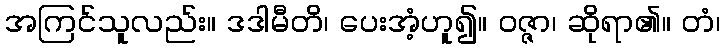
အကြင်သူလည်း။ ဒဒါမီတိ၊ ပေးအံ့ဟူ၍။ ဝဇ္ဇာ၊ ဆိုရာ၏။ တံ၊